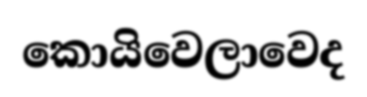
කොයිවෙලාවෙද